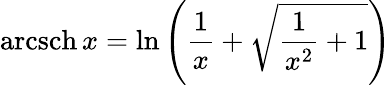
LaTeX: \operatorname{arcsch}x=\ln\left({\frac{1}{x}}+{\sqrt{{\frac{1}{x^{2}}}+1}}\right)